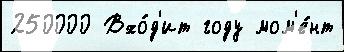
250000 Вхо́д'ит году мом'е́нт